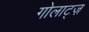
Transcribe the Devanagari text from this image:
गोलाट्ज़